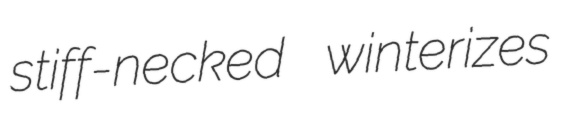
stiff-necked winterizes